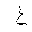
Letter: _gayn